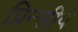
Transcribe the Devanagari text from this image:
प्रिन्सीप